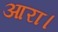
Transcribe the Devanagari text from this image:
आरा।